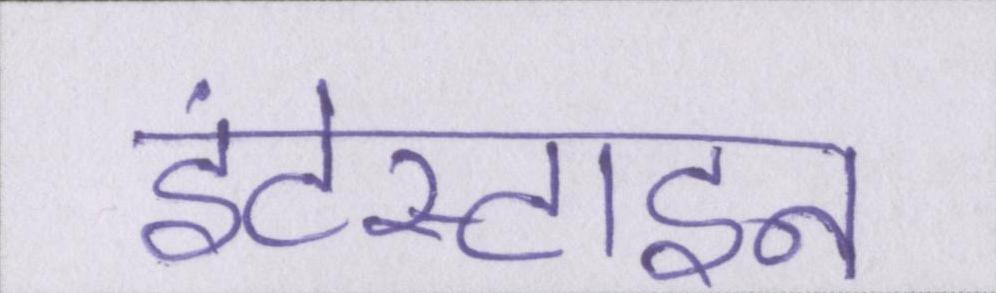
इंटेस्टाइन